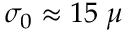
\sigma _ { 0 } \approx 1 5 \; \mu